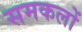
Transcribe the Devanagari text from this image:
समकलों